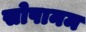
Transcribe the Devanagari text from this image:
सोपानम